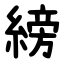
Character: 縍